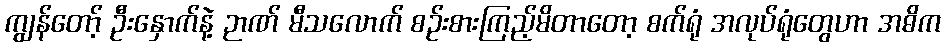
ကျွန်တော့် ဦးနှောက်နဲ့ ဉာဏ် မီသလောက် စဉ်းစားကြည့်မိတာတော့ စက်ရုံ အလုပ်ရုံတွေဟာ အဓိက